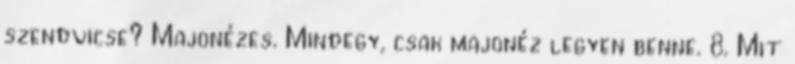
szendvicse? Majonézes. Mindegy, csak majonéz legyen benne. 8. Mit